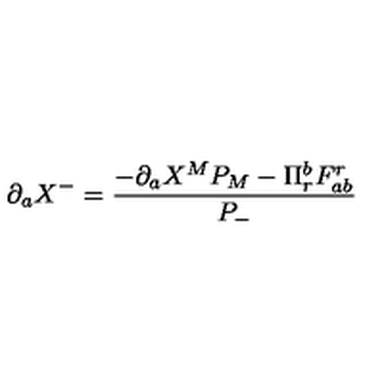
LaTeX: \partial _ { a } X ^ { - } = \frac { - \partial _ { a } X ^ { M } P _ { M } - \Pi _ { r } ^ { b } F _ { a b } ^ { r } } { P _ { - } }